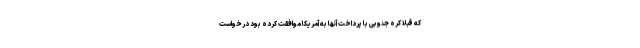
که قبلا کره جنوبی با پرداخت آنها به آمریکا موافقت کرده بود درخواست